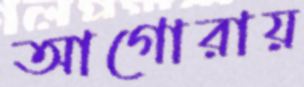
আগোরায়